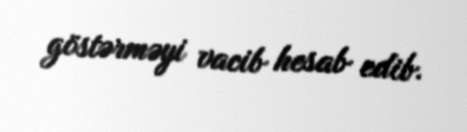
göstərməyi vacib hesab edib.